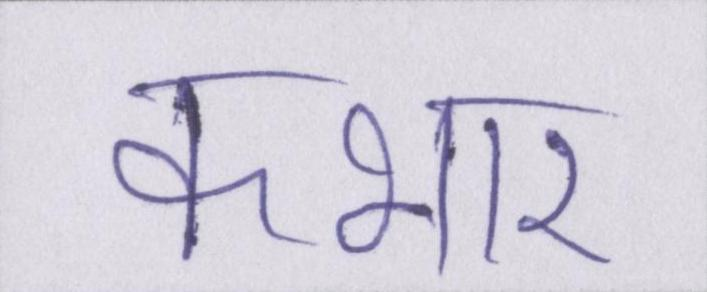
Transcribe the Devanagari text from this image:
कभार